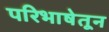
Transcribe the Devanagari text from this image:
परिभाषेतून